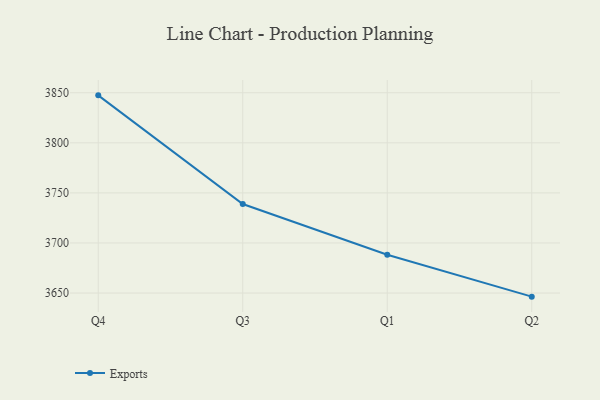
{"axis": {"x": "Quarter", "y": "Bounce Rate (%)"}, "legend": ["Exports"], "data": [{"x": "Q4", "y": 3847.4, "type": "Exports"}, {"x": "Q3", "y": 3738.9, "type": "Exports"}, {"x": "Q1", "y": 3688.2, "type": "Exports"}, {"x": "Q2", "y": 3646.4, "type": "Exports"}]}